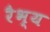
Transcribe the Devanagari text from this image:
रैभ्य